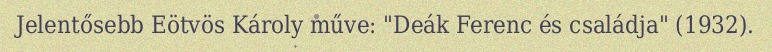
Jelentősebb Eötvös Károly műve: "Deák Ferenc és családja" (1932).